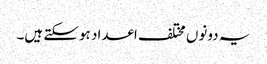
یہ دونوں مختلف اعداد ہوسکتے ہیں۔